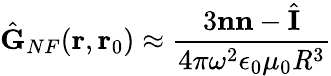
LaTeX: \hat{\mathbf{G}}_{NF}(\mathbf{r},\mathbf{r}_{0})\approx\frac{3\mathbf{n}\mathbf{n}-\hat{\mathbf{I}}}{4\pi\mathit{\omega}^{2}\epsilon_{0}\mu_{0}\mathit{R}^{3}}